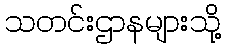
သတင်းဌာနများသို့